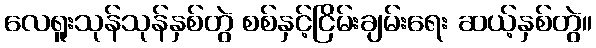
လေရူးသုန်သုန်နှစ်တွဲ စစ်နှင့်ငြိမ်းချမ်းရေး ဆယ့်နှစ်တွဲ။